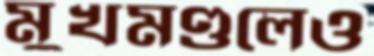
মুখমণ্ডলেও